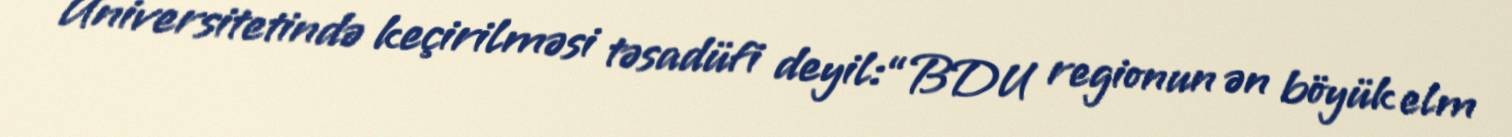
Universitetində keçirilməsi təsadüfi deyil:“BDU regionun ən böyük elm